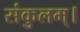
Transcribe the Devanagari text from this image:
संकुलम्‌।